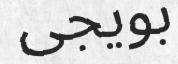
بويجى